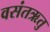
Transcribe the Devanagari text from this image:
वसंतऋतु